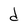
Character: d